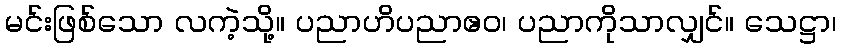
မင်းဖြစ်သော လကဲ့သို့။ ပညာဟိပညာဧဝ၊ ပညာကိုသာလျှင်။ သေဋ္ဌာ၊